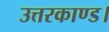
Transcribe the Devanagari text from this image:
उत्तरकाण्ड।